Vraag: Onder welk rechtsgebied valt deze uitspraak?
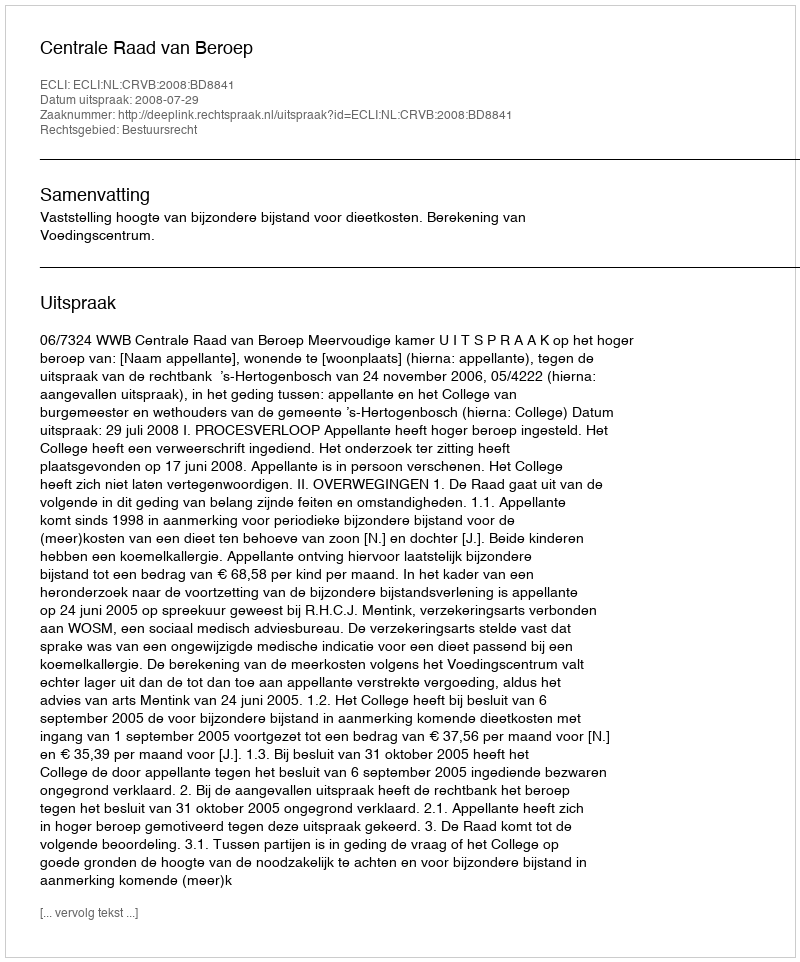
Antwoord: Bestuursrecht